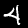
Digit: 4